Cholera in southern India
Disease focus: Cholera
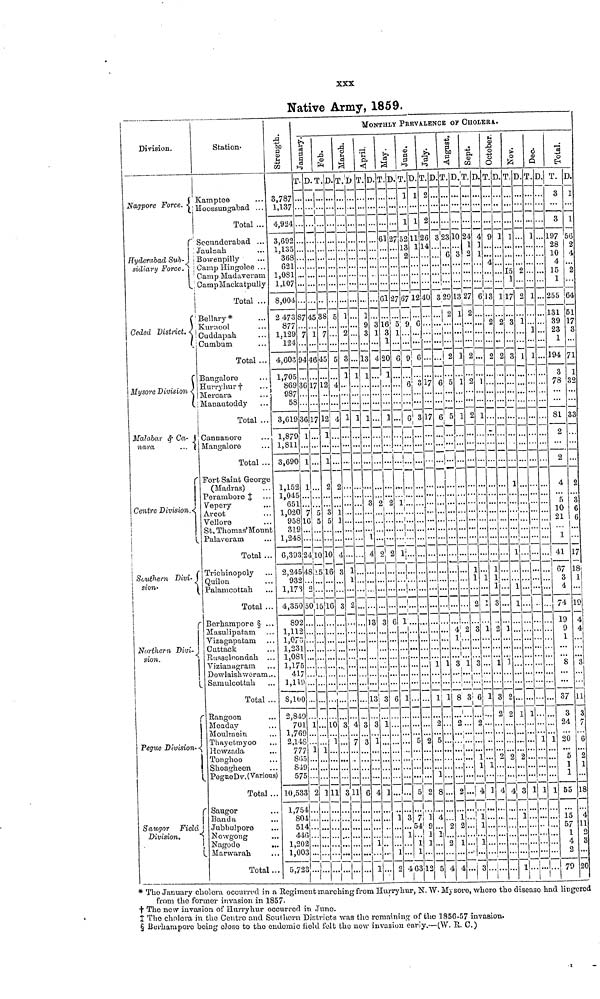
XXX
Native Army, 1859.
Division.
Nagpore Force.
Hyderabad Sub-
sidiary Force.
Ceded District.
Mysore Division
Malabar & Ca-
«ara
...
r
Centre Division.
|
!
Southern Divi-
sion.
|
Northern Divi-}
sion.
Pegue Divisions.
Saugor Field,
Division.
Station-
Kamptee
Hoossungabad ...
Total ...
Secundorabad ...
Jaulnah
Bowenpilly
Camp Hingoloe ...
Camp Madaveram
CainpMackatpully
Total ...
Bellary*
Kurnool
Cuddapah
Cumbum
Total ...
Bangalore
Hurrynur †
Mercara
Manautoddy
Total ...
Cannanore
Mangalore
Total ..
Fort Saint George
(Madras)
Perambore ‡
Vepery
Arcot
Velloro
St. Thomas'Moun
Palaveram
Total ..
Trictiinopoly
Quilon
Palamcottah
Total ..
" Borhampore § ..
Masulipatam
Viza.gapatam
Cattack
Ptussslfiondah
Vizianagram
Dowlaishweram.
Samulcottah
Total .
Rangoon
Meaday
Monlmein
Thayetmyoo
Howzada
Tonghoo
Shoagheen
Pegue Dv.(Variou
Total .
Saugor
| Banda
Jubbulpore
Nowgong
Nagode
Marwarah
Total .
Strength
3,787
1,137
4,924
3,692
1,135
368
621
1,081
1,107
8,004
2 473
877
1,129
124
4,603
1,705
869
987
58
3,619
1,879
1,811
3,690
1,152
l,045
65
l020
95
t
31
1,24
. 6,39
. 2,24
93
. 1,17
. 4,35
89
. 1,11
. 1,07
. 1,23
. 1,08
. 1,17
41
. 1,11
. 8,11
. 2,8-1
70
.. 1,70
.. 2,14
75
81
80
s)
5'
.. 10,5
.. 1,7
S
5
4-
.. 1,2
.. 1,0
.. 5,7
Janury
T. D.
87 45
7 1
94 46
3617
3617
1 ...
) 1 ..
2 1 ..
L
7 t
316 E
3
3 24 10
5 48 2
2
3 2..
0 50 1
2
2
1 ... .
1
5 ....
7 ... .
0 ... .
49 ...
)1 1.
)9 ... .
18... .
17 1
19 ,.
re...
33 2
54...
)4
14 .
16...
02 ...
03
23
Feb.
T.D.
38 5
7 ••
45 5
12 4
12 4
1 ..
2
3
5
10
5 16
316
..10
. i
1
111
March
T.D
1 ..
2 ..
3
1
1
1 . .
] ... .
3
3 2
3 4
.. 7
311
.......
Mo
April
T. D.
. 1 ..
9 3
. 3 1
.13 4
11..
11..
. 1
... 13
3 3
3 1
6 4
... 1
"I
... 1
MONTHLY
PREVALENCE OF CHOLERA.
T.D.
61 27
6127
16
3
1 ..
20
1
1 ..
2 2
V"
2 2
3 6
3 6
1...
1
... 1
2
June
T.D
1
1 1
52 11
13 1
2..
7 67 12
5 9
L
5 9
. 6
••••I"
. 6'
1!... .
.!....
1... .
...... .
.....
l
1
l...
... 5
....
3 7
...54
... 1
... 1
4 63
t
T.D.
2...
2...
26 3
14
2 0 3
5
3 17 (
3 17 (
...i 1
... 1
... 2
2 5
... 1
2 8
1 4
9
1 1.
1 ...
12 5
August
T.D.
23 10
6 3
29 13
2 1
2 1
5 1
5 1
1
.....
4
.. 1'.
1 3
\'
1 8
1
.. 2.
"
... 2
1
2 2
2 1
4 4
"Sept.
T.D.
24 4
1 1
2 1
27 6
2 .
2...
2 1
2 1
1 1
3 6
.. 2
.....
.. 1 .
.. 1
..|4
. .
..¡1.
... 1
... 3
October.
T.D
9 1
4..
13 1
2 2
2 2
1 .
1
3
2
1
3
2
4
...
Nov.
T.D.
1 ...
15 2
1 ...
17 2
3 1
3 1
. 1 ..
.
. ...I..
• 1
. 1..
. 1.
2 ... .
4 3
1
Dec.
T.D.
1 ...
1 ...
1 ...
1 ...
1 ... .
1 1
11
Total.
T. D.
3 1
3 1
197 56
28 2
10 4
4 ...
15 2
1 ...
255 64
131 51
39 17
23 3
1 ...
194 71
3 1
78 32
81 33
2 ...
2 ...
4 2
S 3
10 6
21 6
1 ...
41 17
. 67 18
3 1
4 ...
. 74 19
19 4
. 9 4
. 1 ...
. 8 3
.. 37 11
3 3
.. 24 7
1 20 6
5 2
1 1
.. 1 ...
1 55 18
15 4
57 11
1 2
... 4 3
2
79 20
* The January cholera occurred in a Regiment inarching from Hurrynur, N. W. Mysore, where the diseaso had lingered
from the former invasion in 1857
+ The now invasion of Hurryhur occurred in June.
‡ The cholera in the Centro and Southern Districts was the remaining of the 1856-57 invasion.
§ Berkamporo being close to the endemic field felt the new invasion early,—(W. R. C.)